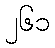
၂၆၁